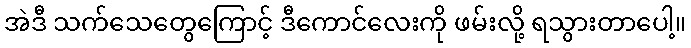
အဲဒီ သက်သေတွေကြောင့် ဒီကောင်လေးကို ဖမ်းလို့ ရသွားတာပေါ့။